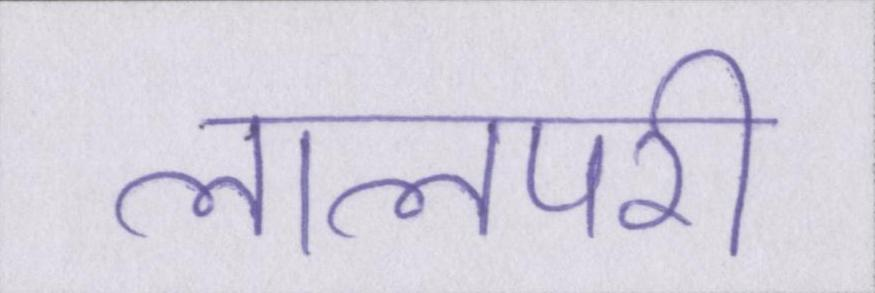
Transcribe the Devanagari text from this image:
लालपरी